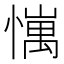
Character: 𢢄